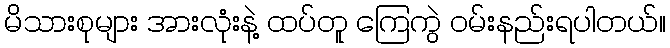
မိသားစုများ အားလုံးနဲ့ ထပ်တူ ကြေကွဲ ဝမ်းနည်းရပါတယ်။